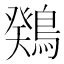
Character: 䳫